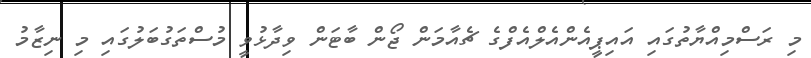
މި ރަސްމިއްޔާތުގައި އައިޕީއެންއެލްއެފްގެ ޗެއާމަން ޖޯން ބާޓަން ވިދާޅުވީ މުސްތަގުބަލުގައި މި ނިޒާމު